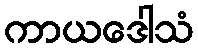
ကာယဒေါသံ